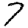
Digit: 7